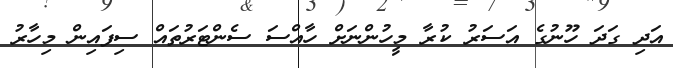
އަދި ގަދަ ހޫނުގެ އަސަރު ކުރާ މީހުންނަށް ހާއްސަ ސެންޓަރުތައް ސިފައިން މިހާރު